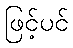
ဖြင့်ပင်